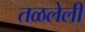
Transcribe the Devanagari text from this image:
तळलेली